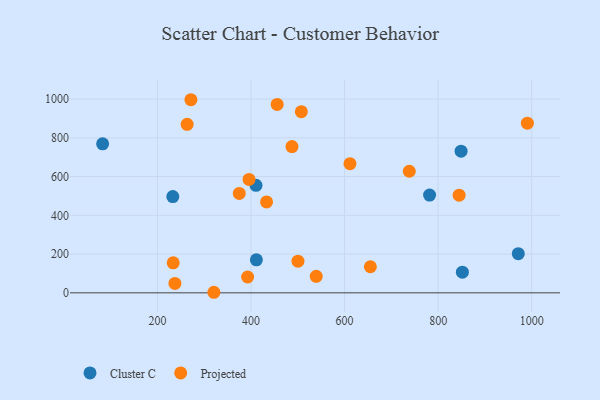
{"axis": {"x": "Ad Spend", "y": "Rating"}, "legend": ["Cluster C", "Projected"], "data": [{"x": "851.8", "y": 106.8, "type": "Cluster C"}, {"x": "971.3", "y": 202.1, "type": "Cluster C"}, {"x": "849.0", "y": 731.2, "type": "Cluster C"}, {"x": "411.5", "y": 170.4, "type": "Cluster C"}, {"x": "232.9", "y": 496.7, "type": "Cluster C"}, {"x": "82.9", "y": 769.3, "type": "Cluster C"}, {"x": "781.7", "y": 504.7, "type": "Cluster C"}, {"x": "410.7", "y": 554.9, "type": "Cluster C"}, {"x": "611.5", "y": 666.6, "type": "Projected"}, {"x": "233.7", "y": 154.7, "type": "Projected"}, {"x": "263.5", "y": 869.6, "type": "Projected"}, {"x": "844.8", "y": 504.2, "type": "Projected"}, {"x": "655.2", "y": 134.6, "type": "Projected"}, {"x": "395.8", "y": 585.6, "type": "Projected"}, {"x": "455.9", "y": 972.4, "type": "Projected"}, {"x": "271.6", "y": 996.8, "type": "Projected"}, {"x": "738.3", "y": 627.7, "type": "Projected"}, {"x": "500.4", "y": 163.3, "type": "Projected"}, {"x": "392.8", "y": 81.8, "type": "Projected"}, {"x": "990.7", "y": 876.0, "type": "Projected"}, {"x": "374.9", "y": 512.9, "type": "Projected"}, {"x": "320.7", "y": 2.9, "type": "Projected"}, {"x": "487.6", "y": 755.2, "type": "Projected"}, {"x": "539.4", "y": 85.1, "type": "Projected"}, {"x": "507.6", "y": 935.2, "type": "Projected"}, {"x": "433.3", "y": 469.5, "type": "Projected"}, {"x": "237.4", "y": 48.8, "type": "Projected"}]}